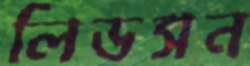
লিডসন